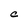
Character: C